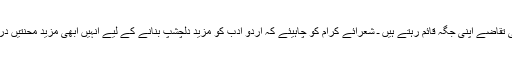
لیکن فنّی تقاضے اپنی جگہ قائم رہتے ہیں ـ شعرائے کرام کو چاہیئے کہ اردو ادب کو مزید دلچشپ بنانے کے لیے انہیں ابھی مزید محنتیں درکارہیں۔